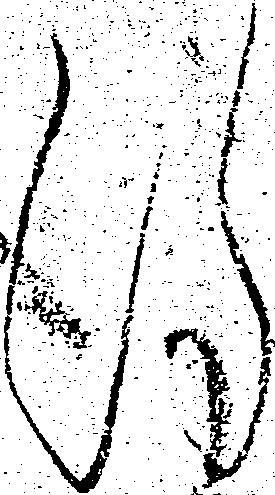
謹